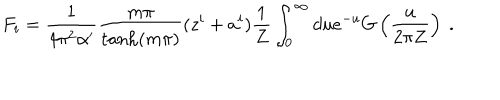
F _ { i } = \frac { 1 } { 4 \pi ^ { 2 } \alpha ^ { \prime } } \frac { m \pi } { \tanh ( m \pi ) } ( z ^ { i } + a ^ { i } ) \frac { 1 } { Z } \int _ { 0 } ^ { \infty } d u e ^ { - u } G \left( \frac { u } { 2 \pi Z } \right) \ .